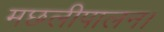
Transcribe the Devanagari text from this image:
मछलीपालन।